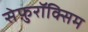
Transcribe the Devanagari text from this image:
सेफ़ुरॉक्सिम